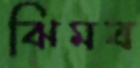
ঝিমব